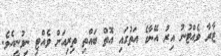
ޒާރާ ވެއްޓުނު އިރު އޭނާގެ އަތުގައި އޮތް ބައްތި ތިރިއަށް ވެއްޓި ނިވުނީއެވެ.